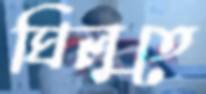
ঘিলুতে